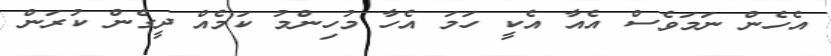
އެހެން ނަމަވެސް އެއާ އެކީ ހަމަ އެހާ މުހިންމު ކަމެއް ދީގެން ކުރަން